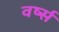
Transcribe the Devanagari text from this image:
वर्ष्स